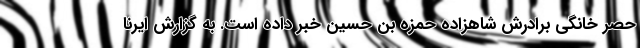
حصر خانگی برادرش شاهزاده حمزه بن حسین خبر داده است. به گزارش ایرنا